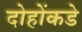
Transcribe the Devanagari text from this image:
दोहोंकडे